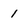
Character: 1